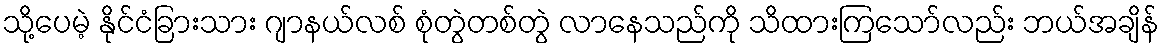
သို့ပေမဲ့ နိုင်ငံခြားသား ဂျာနယ်လစ် စုံတွဲတစ်တွဲ လာနေသည်ကို သိထားကြသော်လည်း ဘယ်အချိန်